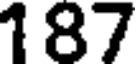
187